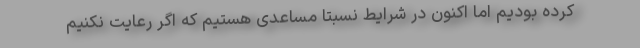
کرده بودیم اما اکنون در شرایط نسبتا مساعدی هستیم که اگر رعایت نکنیم